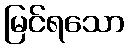
မြင်ရသော